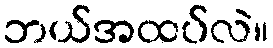
ဘယ်အထပ်လဲ။